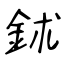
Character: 鉥